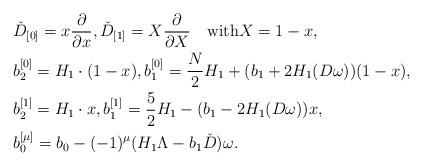
LaTeX: \begin{align*}&\check{D}_{[0]}=x\frac{\partial}{\partial x},\check{D}_{[1]}=X\frac{\partial}{\partial X}\quad\mbox{with}X=1-x, \\& b_2^{[0]}=H_1\cdot (1-x), b_1^{[0]}=\frac{N}{2}H_1+(b_1+2H_1(D\omega))(1-x), \\&b_2^{[1]}=H_1\cdot x, b_1^{[1]}=\frac{5}{2}H_1-(b_1-2H_1(D\omega))x, \\&b_0^{[\mu]}=b_0-(-1)^{\mu}(H_1\Lambda -b_1\check{D})\omega.\end{align*}